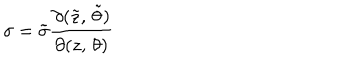
LaTeX: \sigma = { \tilde { \sigma } } \frac { \partial ( { \tilde { z } } , \, { \tilde { \theta } } ) } { \partial ( z , \, \theta ) }